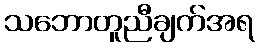
သဘောတူညီချက်အရ